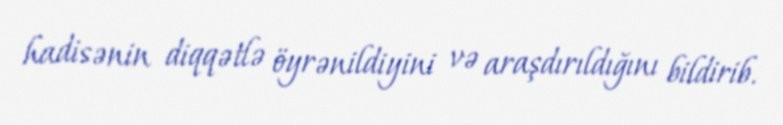
hadisənin diqqətlə öyrənildiyini və araşdırıldığını bildirib.